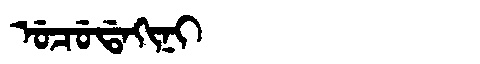
Manchu: ᡠᠴᡠᡩᠠᡴᡳᠨᡳ
Romanization: UCUDAKINI